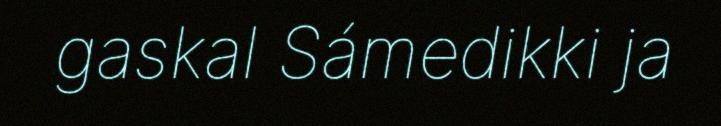
gaskal Sámedikki ja